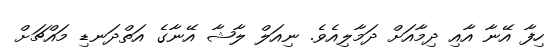
ހިފާ އޭނާ އާއި ދިމާއަށް ދަމާލިއެވެ. ނިއަލް ލާޝާ އޭނާގެ އަތްދަނޑި މައްޗަށް